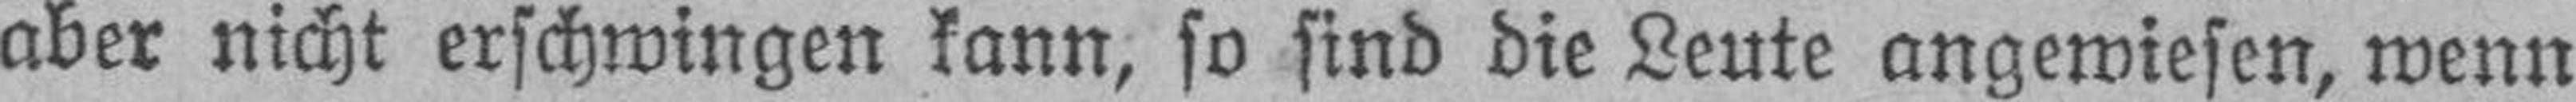
aber nicht erschwingen kann, so find die Leute angewiesen, wenn